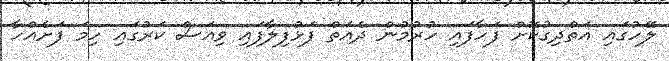
ލޭހުގައި އަތްދިގުކޮށް ފަހާފައި ހުރުމުން ދެއަތް ފަޅުފިލާފައި ވިއަސް ކަރުގައި ހިމަ ފަށެއްހާ